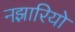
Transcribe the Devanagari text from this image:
नझारियो